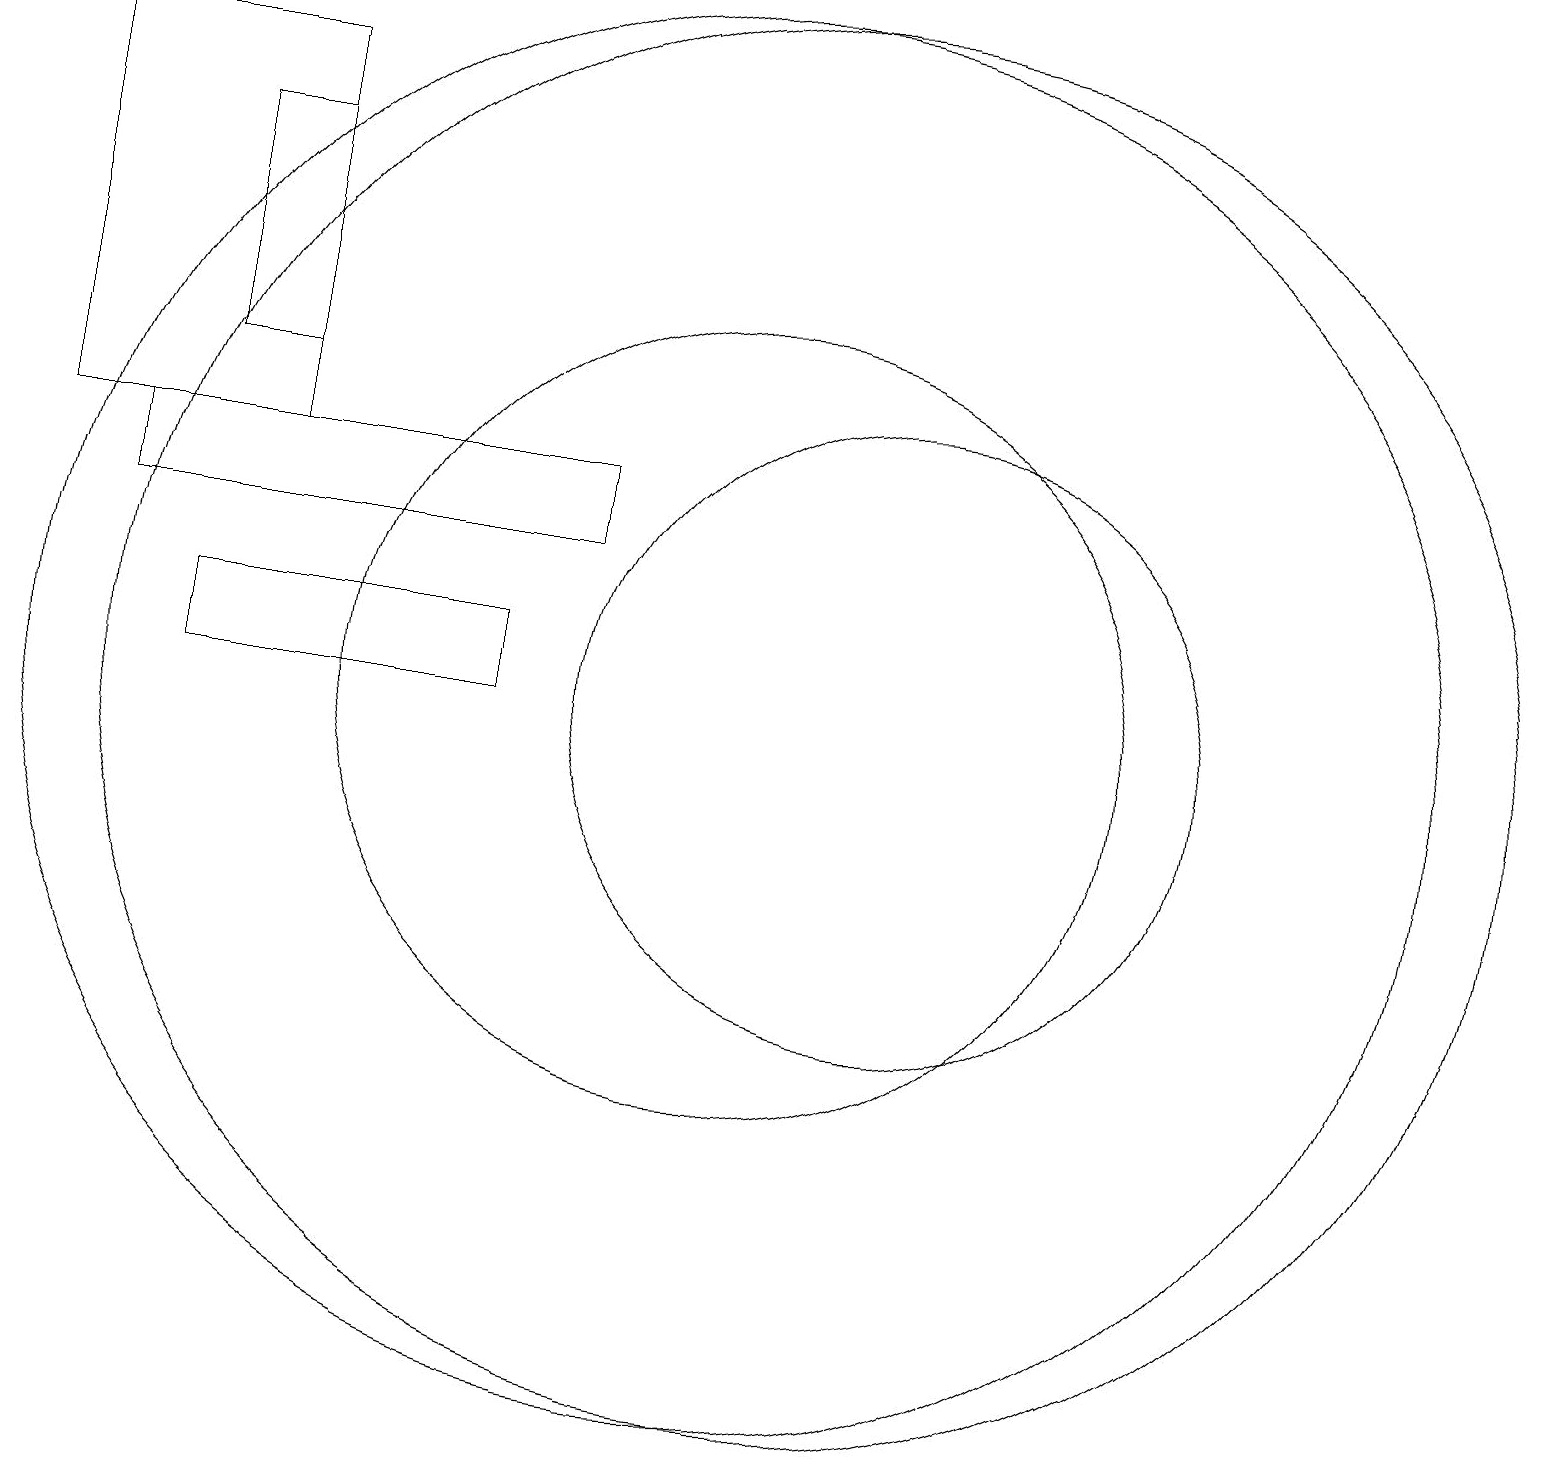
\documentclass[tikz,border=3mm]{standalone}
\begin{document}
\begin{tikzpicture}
\draw (4,14) rectangle (3,17);
\draw (3,11) rectangle (7,10);
\draw (12,10) circle (4);
\draw (10,10) circle (9);
\draw (11,10) circle (9);
\draw (2,12) rectangle (8,13);
\draw (4,13) rectangle (1,18);
\draw (10,10) circle (5);
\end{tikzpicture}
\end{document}